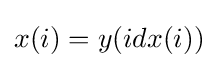
x(i)=y(idx(i))